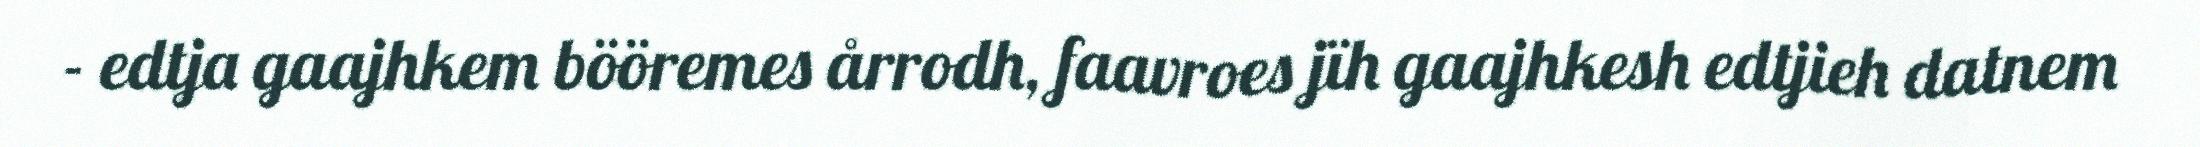
- edtja gaajhkem bööremes årrodh, faavroes jïh gaajhkesh edtjieh datnem